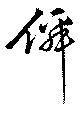
僊